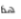
هذا